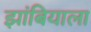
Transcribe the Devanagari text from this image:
झांबियाला